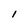
Character: 1